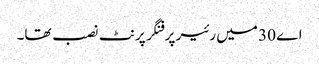
اے 30 میں رئیر پر فنگر پرنٹ نصب تھا۔